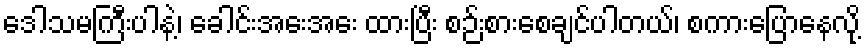
ဒေါသမကြီးပါနဲ့၊ ခေါင်းအေးအေး ထားပြီး စဉ်းစားစေချင်ပါတယ်၊ စကားပြောနေလို့